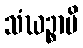
သံဃဉ္စာပိ